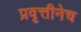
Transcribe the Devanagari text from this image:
प्रवृत्तीनेच